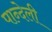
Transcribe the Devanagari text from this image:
पान्देली